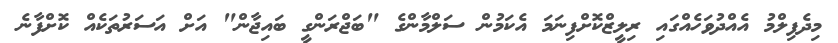
މިދެފިލްމު އެއްދުވަހެއްގައި ރިލީޒްކޮށްފިނަމަ އެކަމުން ސަލްމާންގެ "ބަޖްރަންގީ ބައިޖާން" އަށް އަސަރުތަކެއް ކޮށްފާނެ